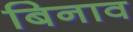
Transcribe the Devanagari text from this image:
बिनाव